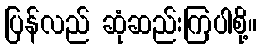
ပြန်လည် ဆုံဆည်းကြပါစို့။